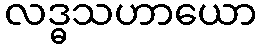
လဒ္ဓသဟာယော